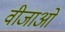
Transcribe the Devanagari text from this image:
वीजाओं